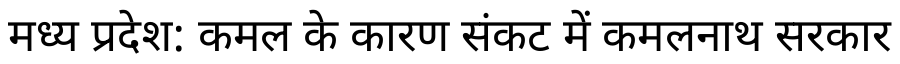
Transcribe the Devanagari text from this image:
मध्य प्रदेश: कमल के कारण संकट में कमलनाथ सरकार